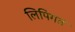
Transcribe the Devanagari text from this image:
लिपिगत